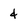
Character: 4